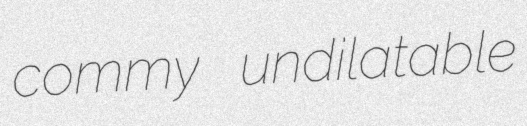
commy undilatable